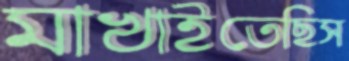
মাখাইতেছিস